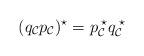
LaTeX: \begin{align*}(q_{\cal C} p_{\cal C})^{\star}=p_{\cal C}^{\; \star}q_{\cal C}^{\; \star}\end{align*}